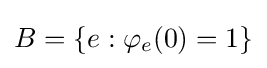
B=\{e:\varphi _{e}(0)=1\}